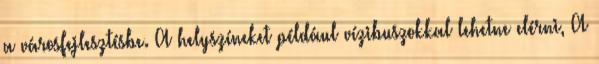
a városfejlesztésbe. A helyszíneket például vízibuszokkal lehetne elérni, A